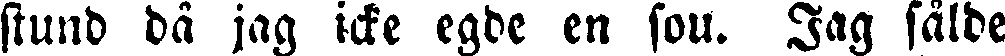
stund då jag icke egde en sou. Jag sålde